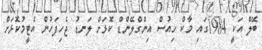
ބޭލް އަކީ 1984ގައި މާކް ހިއުސް އިންގްލޭންޑް ކޮޅަށް ލަނޑު ޖެހިފަހުން އެޓީމުކޮޅަށް